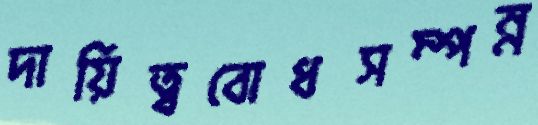
দায়িত্ববোধসম্পন্ন